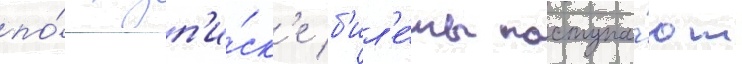
по́ подп'и́ск'е б'ил'е́ты поступа́ют